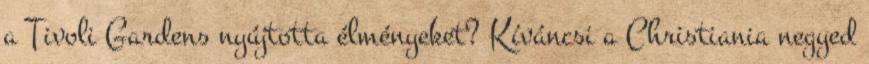
a Tivoli Gardens nyújtotta élményeket? Kíváncsi a Christiania negyed